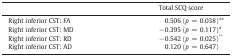
<table><thead><tr><td></td><td><b>Total SCQ score</b></td></tr></thead><tbody><tr><td>Right inferior CST: FA</td><td>0.506 (<i>p</i> = 0.038)**</td></tr><tr><td>Right inferior CST: MD</td><td>−0.395 (<i>p</i> = 0.117)a</td></tr><tr><td>Right inferior CST: RD</td><td>−0.542 (<i>p</i> = 0.025)**</td></tr><tr><td>Right inferior CST: AD</td><td>0.120 (<i>p</i> = 0.647)</td></tr></tbody></table>